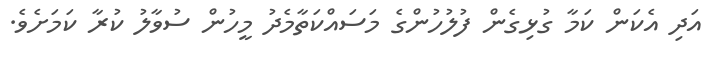
އަދި އެކަން ކަމާ ގުޅިގެން ފުލުހުންގެ މަސައްކަތާމެދު މީހުން ސުވާލު ކުރާ ކަމަށެވެ.